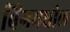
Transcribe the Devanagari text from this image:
विंगमधील